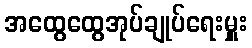
အထွေထွေအုပ်ချုပ်ရေးမှူး